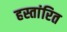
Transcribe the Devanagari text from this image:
हस्तांरित